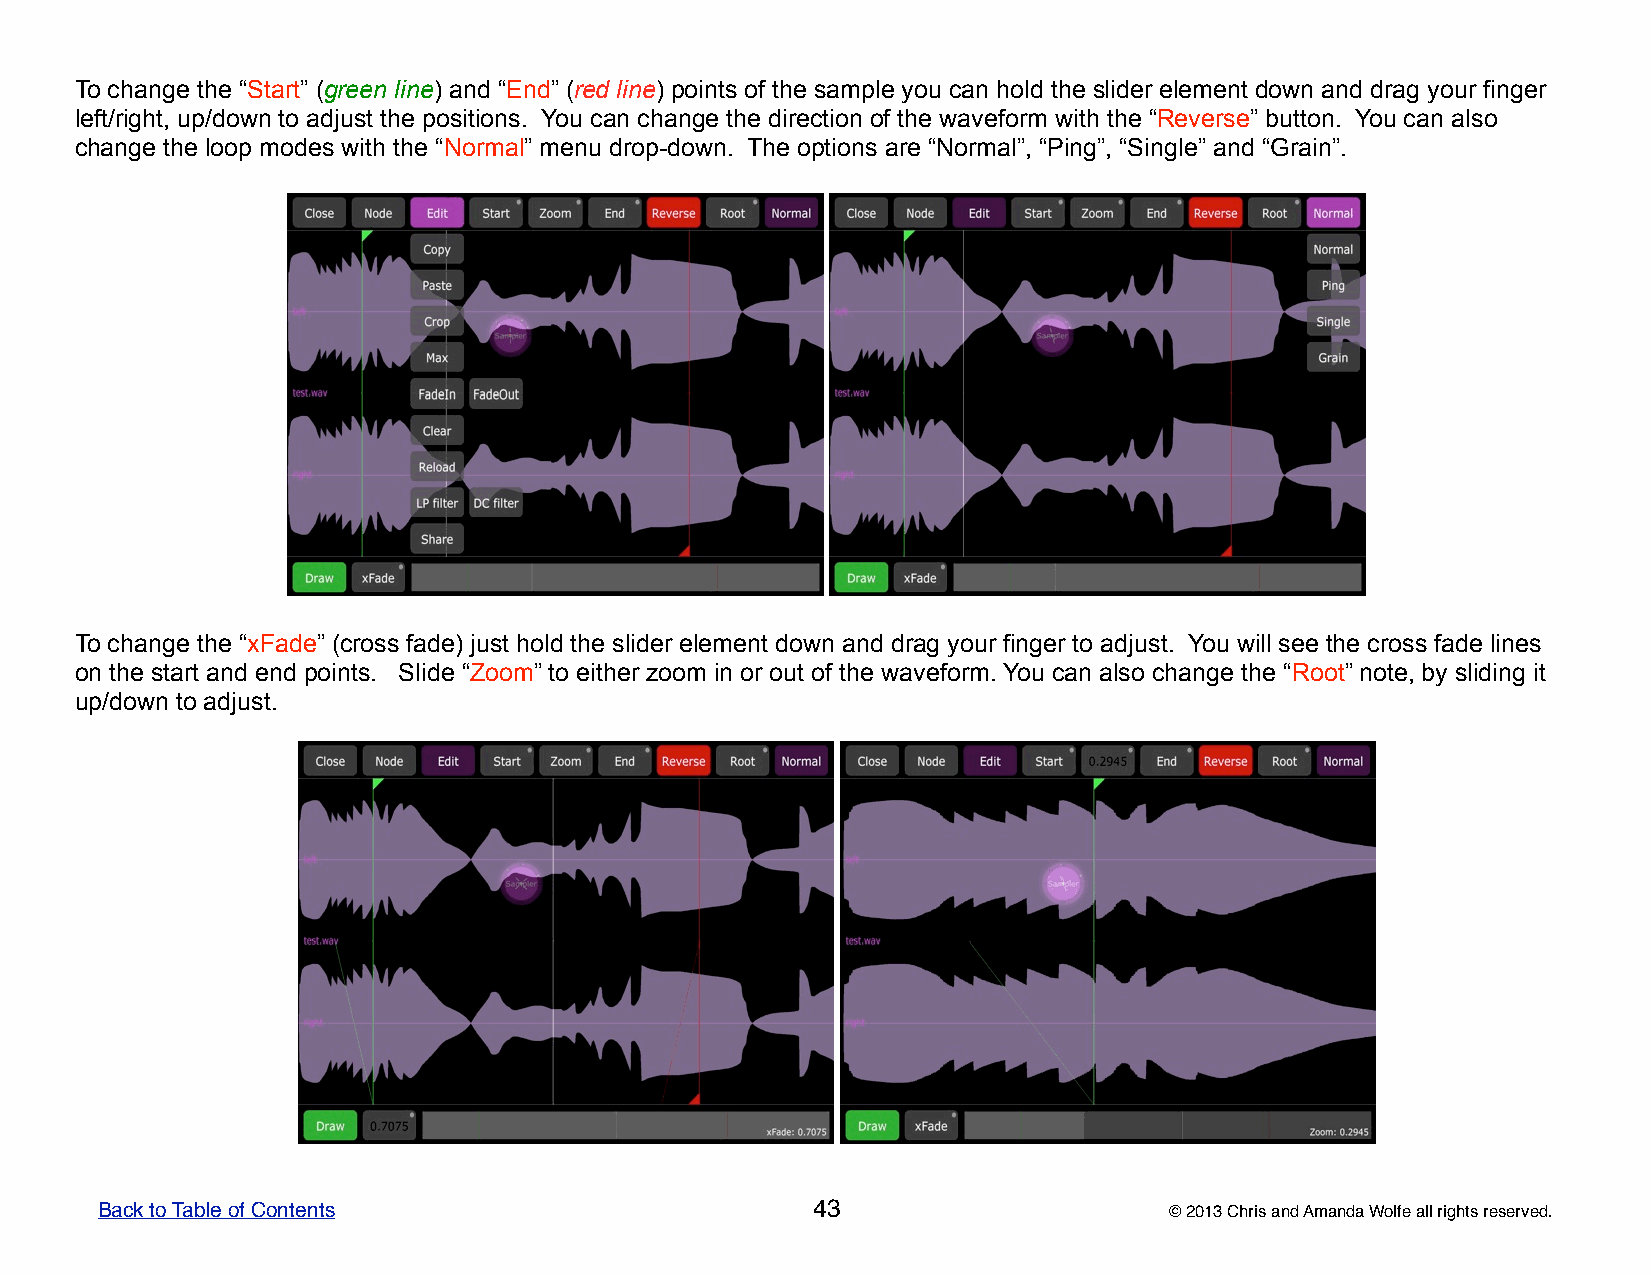
To change the “Start” (green line) and “End” (red line) points of the sample you can hold the slider element down and drag your finger
 left/right, up/down to adjust the positions. You can change the direction of the waveform with the “Reverse” button. You can also
 change the loop modes with the “Normal” menu drop-down. The options are “Normal”, “Ping”, “Single” and “Grain”.
 To change the “xFade” (cross fade) just hold the slider element down and drag your finger to adjust. You will see the cross fade lines
 on the start and end points. Slide “Zoom” to either zoom in or out of the waveform. You can also change the “Root” note, by sliding it
 up/down to adjust.
 Back to Table of Contents                       43                     © 2013 Chris and Amanda Wolfe all rights reserved.